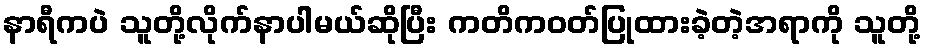
နာရီကပဲ သူတို့လိုက်နာပါမယ်ဆိုပြီး ကတိကဝတ်ပြုထားခဲ့တဲ့အရာကို သူတို့